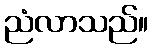
ညံလာသည်။